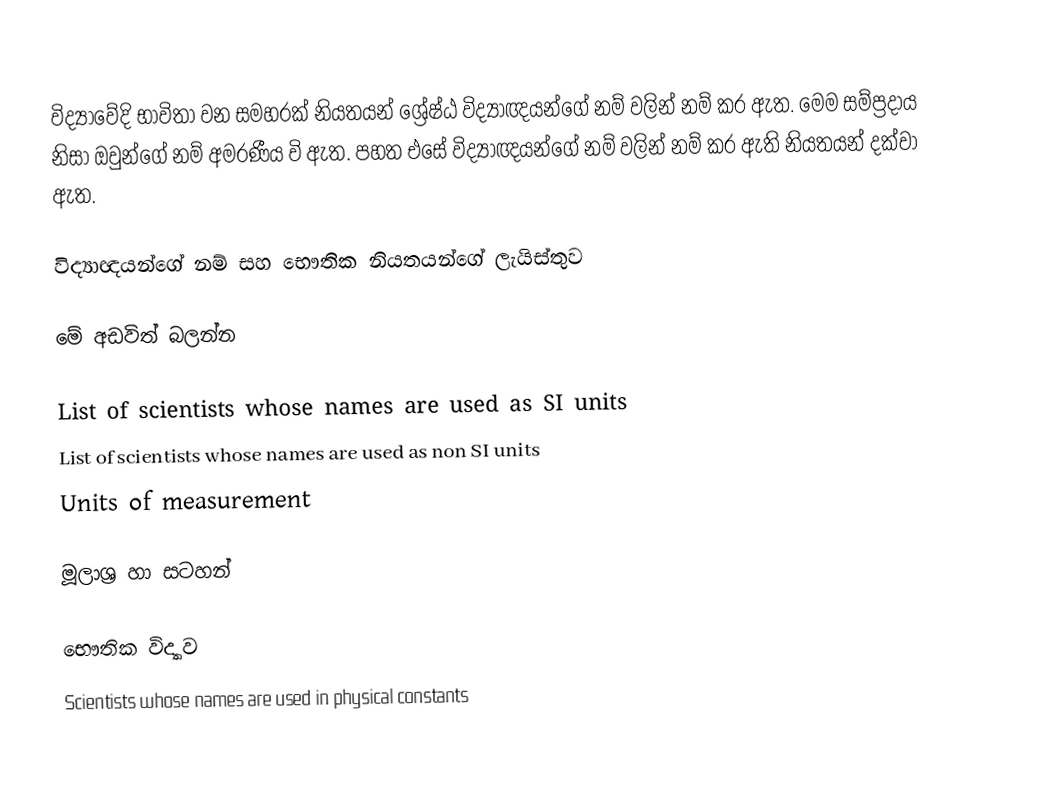
විද්‍යාවේදි භාවිතා වන සමහරක් නියතයන් ශ්‍රේෂ්ඨ විද්‍යාඥයන්ගේ නම් වලින් නම් කර ඇත. මෙම සම්ප්‍රදාය නිසා ඔවුන්ගේ නම් අමරණීය වි ඇත. පහත එසේ විද්‍යාඥයන්ගේ නම් වලින් නම් කර ඇති නියතයන් දක්වා ඇත.

විද්‍යාඥයන්ගේ නම් සහ භෞතික නියතයන්ගේ ලැයිස්තුව

මේ අඩවිත් බලන්න

 List of scientists whose names are used as SI units‎
 List of scientists whose names are used as non SI units‎
 Units of measurement

මූලාශ්‍ර හා සටහන්

භෞතික විද්‍යාව
Scientists whose names are used in physical constants